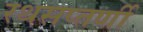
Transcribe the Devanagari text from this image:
रथसप्‍तर्णी